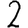
Digit: 2